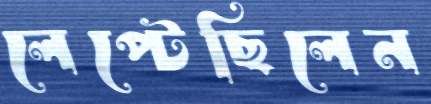
লেপ্‌টেছিলেন